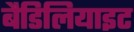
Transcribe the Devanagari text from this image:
बैडिलियाइट